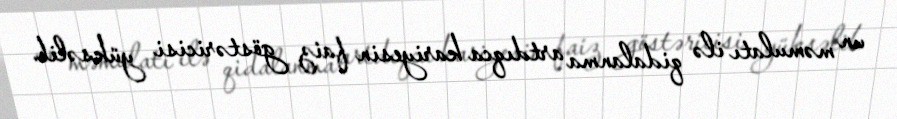
un məmulatı ilə qidalanma artdıqca kariyesin faiz göstəricisi yüksəlib.